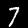
Label: 7